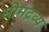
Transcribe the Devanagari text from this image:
सोमद्रव्य